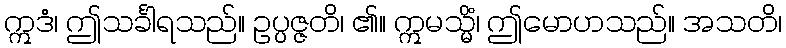
ဣဒံ၊ ဤသင်္ခါရသည်။ ဥပ္ပဇ္ဇတိ၊ ၏။ ဣမသ္မိံ၊ ဤမောဟသည်။ အသတိ၊